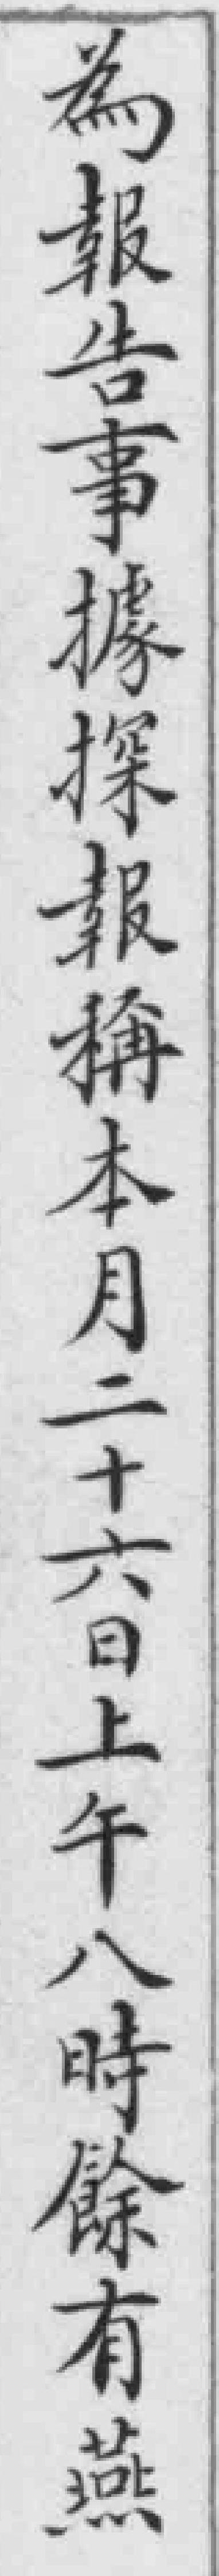
為報告事據探報稱本月二十六日上午八時餘有燕